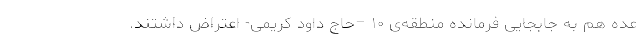
عده هم به جابجایی فرمانده منطقه‌ی ۱۰ –حاج داود کریمی- اعتراض داشتند.